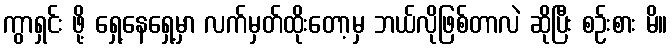
ကွာရှင်း ဖို့ ရှေ့နေရှေ့မှာ လက်မှတ်ထိုးတော့မှ ဘယ်လိုဖြစ်တာလဲ ဆိုပြီး စဉ်းစား မိ။